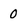
Character: 0